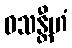
ဝသန္တီဟံ